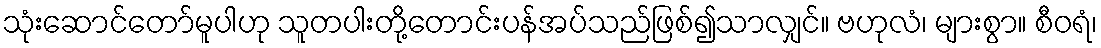
သုံးဆောင်တော်မူပါဟု သူတပါးတို့တောင်းပန်အပ်သည်ဖြစ်၍သာလျှင်။ ဗဟုလံ၊ များစွာ။ စီဝရံ၊